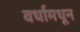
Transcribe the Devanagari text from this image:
वर्धामधून